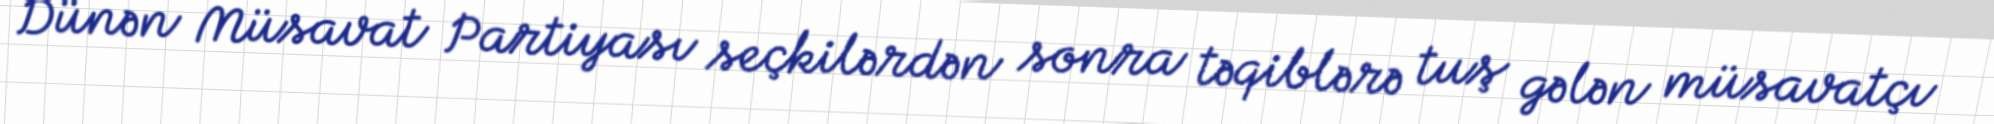
Dünən Müsavat Partiyası seçkilərdən sonra təqiblərə tuş gələn müsavatçı